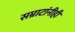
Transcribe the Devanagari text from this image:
सम्राटांनीही